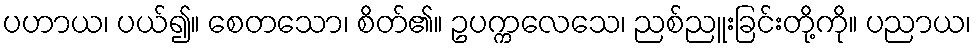
ပဟာယ၊ ပယ်၍။ စေတသော၊ စိတ်၏။ ဥပက္ကလေသေ၊ ညစ်ညူးခြင်းတို့ကို။ ပညာယ၊